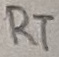
Text: RT